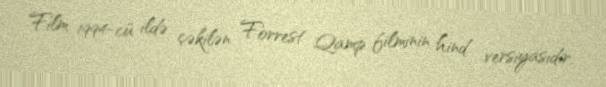
Film 1994-cü ildə çəkilən Forrest Qamp filminin hind versiyasıdır.